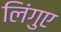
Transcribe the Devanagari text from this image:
लिंगुए